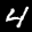
Label: 4